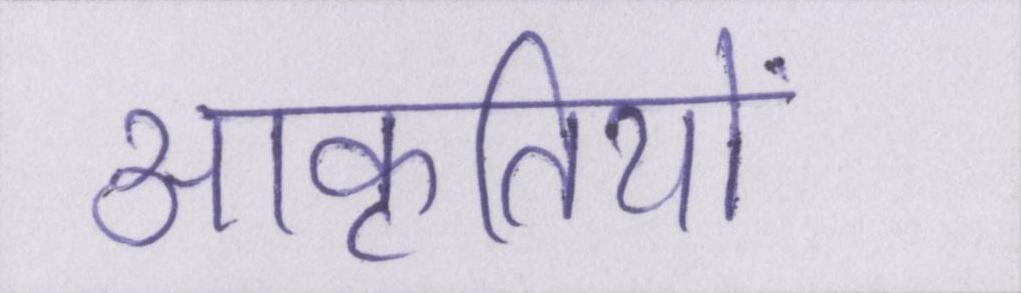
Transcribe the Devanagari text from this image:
आकृतियों